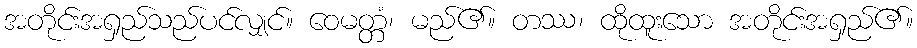
အတိုင်းအရှည်သည်ပင်လျှင်။ ဝေမတ္တံ၊ မည်၏။ တဿ၊ ထိုထူးသော အတိုင်းအရှည်၏။